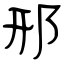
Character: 邢